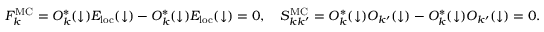
F _ { k } ^ { \mathrm { M C } } = O _ { k } ^ { * } ( \downarrow ) E _ { \mathrm { l o c } } ( \downarrow ) - O _ { k } ^ { * } ( \downarrow ) E _ { \mathrm { l o c } } ( \downarrow ) = 0 , \quad S _ { k k ^ { \prime } } ^ { \mathrm { M C } } = O _ { k } ^ { * } ( \downarrow ) O _ { k ^ { \prime } } ( \downarrow ) - O _ { k } ^ { * } ( \downarrow ) O _ { k ^ { \prime } } ( \downarrow ) = 0 .